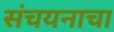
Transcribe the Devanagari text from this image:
संचयनाचा